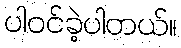
ပါဝင်ခဲ့ပါတယ်။